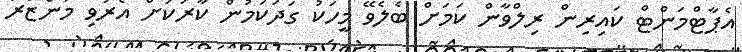
އެޕާޓްމަންޓް ކައިރިން ރިލްވާން ކަމަށް ބެލެވޭ މީހަކު ގަދަކަމުން ކާރަކަށް އެރުވި މަންޒަރު